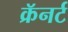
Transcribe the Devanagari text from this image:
क्रॅनर्ट